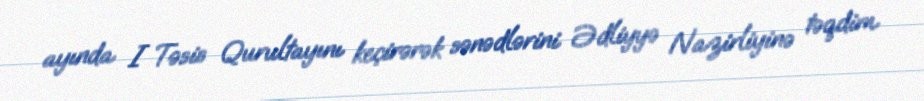
ayında I Təsis Qurultayını keçirərək sənədlərini Ədliyyə Nazirliyinə təqdim